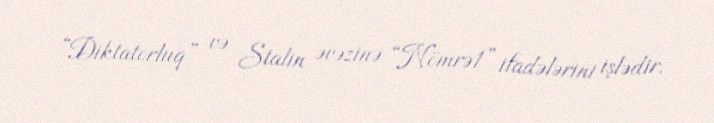
“Diktatorluq” və Stalin əvəzinə “Nömrə1” ifadələrini işlədir.